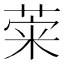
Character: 𦴕